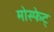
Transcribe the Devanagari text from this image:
मोस्फेट्